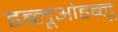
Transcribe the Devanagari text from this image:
डब्लूओडब्लू